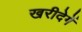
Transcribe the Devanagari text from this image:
खरीदेगें